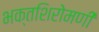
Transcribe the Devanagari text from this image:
भक्तशिरोमणी